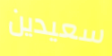
سعيدين